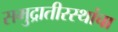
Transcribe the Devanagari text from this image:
समुद्रातीरस्थांचा